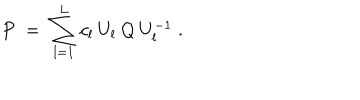
LaTeX: P \; = \; \sum _ { l = 1 } ^ { L } c _ { l } \: U _ { l } \: Q \: U _ { l } ^ { - 1 } \; .